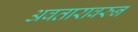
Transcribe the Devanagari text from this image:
अवतारावरुन